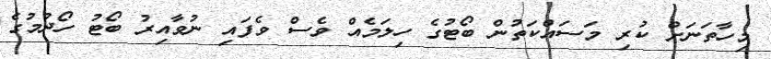
މިހާތަނަށް ކުރި މަސައްކަތުން ބޯޓުގެ ހިލަމެއް ވެސް ވެފައި ނުވާއިރު ބޯޓު ހޯދުމުގެ